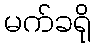
မက်ခရို